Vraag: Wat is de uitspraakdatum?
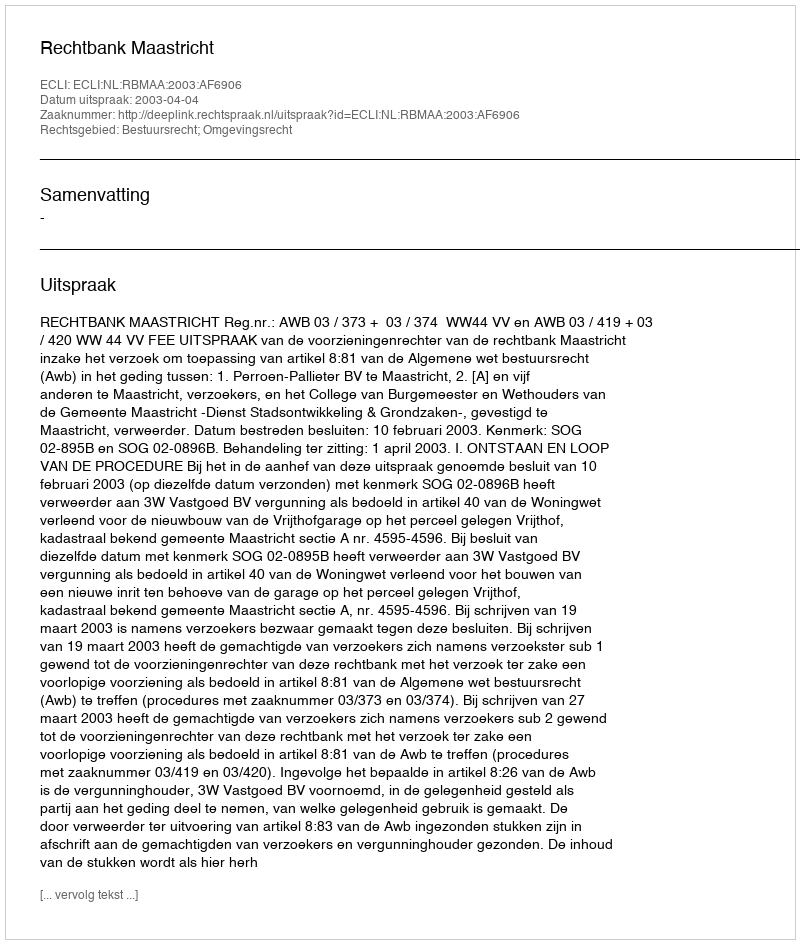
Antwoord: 2003-04-04